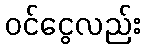
ဝင်ငွေလည်း